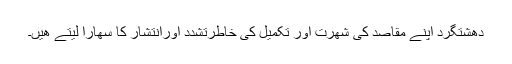
دھشتگرد اپنے مقاصد کی شھرت اور تکميل کی خاطرتشدد اورانتشار کا سھارا ليتے ھيں۔